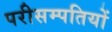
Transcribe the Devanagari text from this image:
परीसम्पतियों